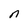
Character: n